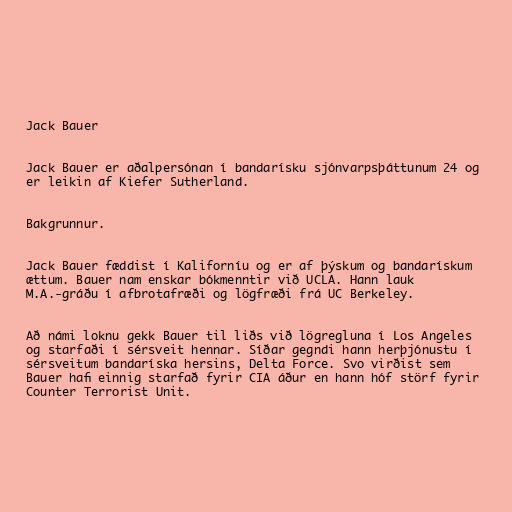
Jack Bauer

Jack Bauer er aðalpersónan í bandarísku sjónvarpsþáttunum 24 og
er leikin af Kiefer Sutherland.

Bakgrunnur.

Jack Bauer fæddist í Kaliforníu og er af þýskum og bandarískum
ættum. Bauer nam enskar bókmenntir við UCLA. Hann lauk
M.A.-gráðu í afbrotafræði og lögfræði frá UC Berkeley.

Að námi loknu gekk Bauer til liðs við lögregluna í Los Angeles
og starfaði í sérsveit hennar. Síðar gegndi hann herþjónustu í
sérsveitum bandaríska hersins, Delta Force. Svo virðist sem
Bauer hafi einnig starfað fyrir CIA áður en hann hóf störf fyrir
Counter Terrorist Unit.